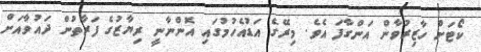
ކޯޓަށް ހާޒިރުވާން އަންގާފަ އެވެ. މިރޭގެ އަޑުއެހުމުގައި އޮންނާނީ ރިޔާޒުގެ ފަރާތުން ދައުވާއަށް